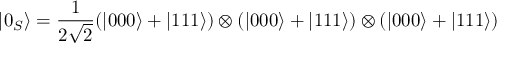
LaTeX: | 0 _ { S } \rangle = { \frac { 1 } { 2 { \sqrt { 2 } } } } ( | 0 0 0 \rangle + | 1 1 1 \rangle ) \otimes ( | 0 0 0 \rangle + | 1 1 1 \rangle ) \otimes ( | 0 0 0 \rangle + | 1 1 1 \rangle )